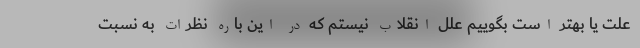
علت يا بهتر است بگوييم علل انقلاب نيستم كه در اين باره نظرات به نسبت